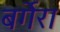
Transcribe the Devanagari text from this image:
बर्गेरा